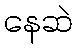
နေဆဲ